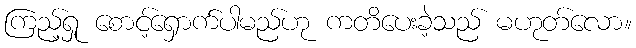
ကြည့်ရှု စောင့်ရှောက်ပါမည်ဟု ကတိပေးခဲ့သည် မဟုတ်လော။